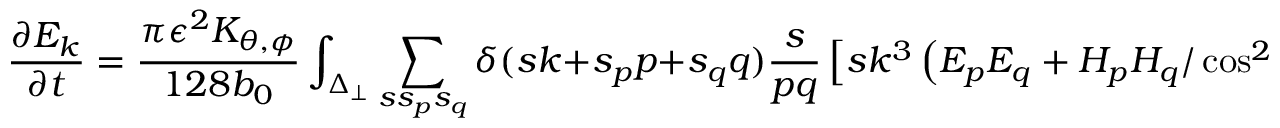
\frac { \partial E _ { k } } { \partial t } = \frac { \pi \epsilon ^ { 2 } K _ { \theta , \phi } } { 1 2 8 b _ { 0 } } \int _ { \Delta _ { \perp } } \sum _ { s s _ { p } s _ { q } } \delta ( s k + s _ { p } p + s _ { q } q ) \frac { s } { p q } \left[ s k ^ { 3 } \left( E _ { p } E _ { q } + H _ { p } H _ { q } / \cos ^ { 2 } \theta _ { k } \right) \right.